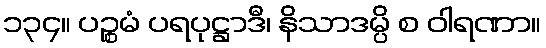
၁၃၄။ ပဉ္စမံ ပရပုဋ္ဌာဒီ၊ နိသာဒမ္ပိ စ ဝါရဏာ။